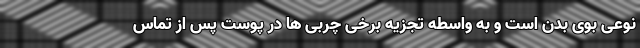
نوعی بوی بدن است و به واسطه تجزیه برخی چربی ها در پوست پس از تماس